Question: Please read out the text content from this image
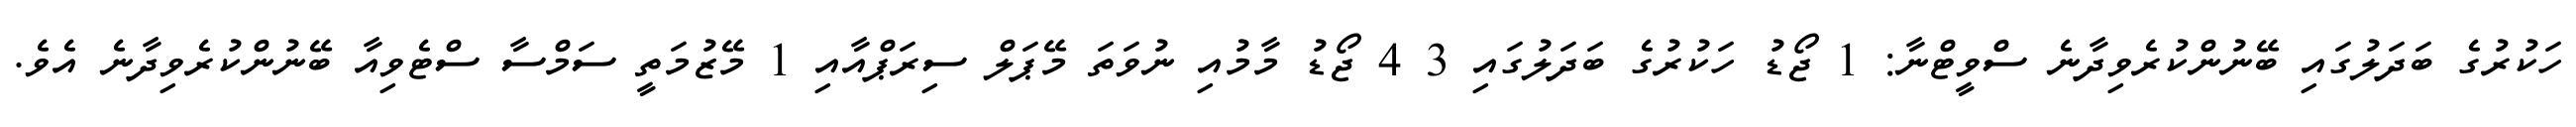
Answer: ހަކުރުގެ ބަދަލުގައި ބޭނުންކުރެވިދާނެ ސްވީޓްނާ: 1 ޖޯޑު ހަކުރުގެ ބަދަލުގައި 3 4 ޖޯޑު މާމުއި ނުވަތަ މޭޕަލް ސިރަޕްއާއި 1 މޭޒުމަތީ ސަމްސާ ސްޓެވިއާ ބޭނުންކުރެވިދާނެ އެވެ.